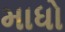
માધો